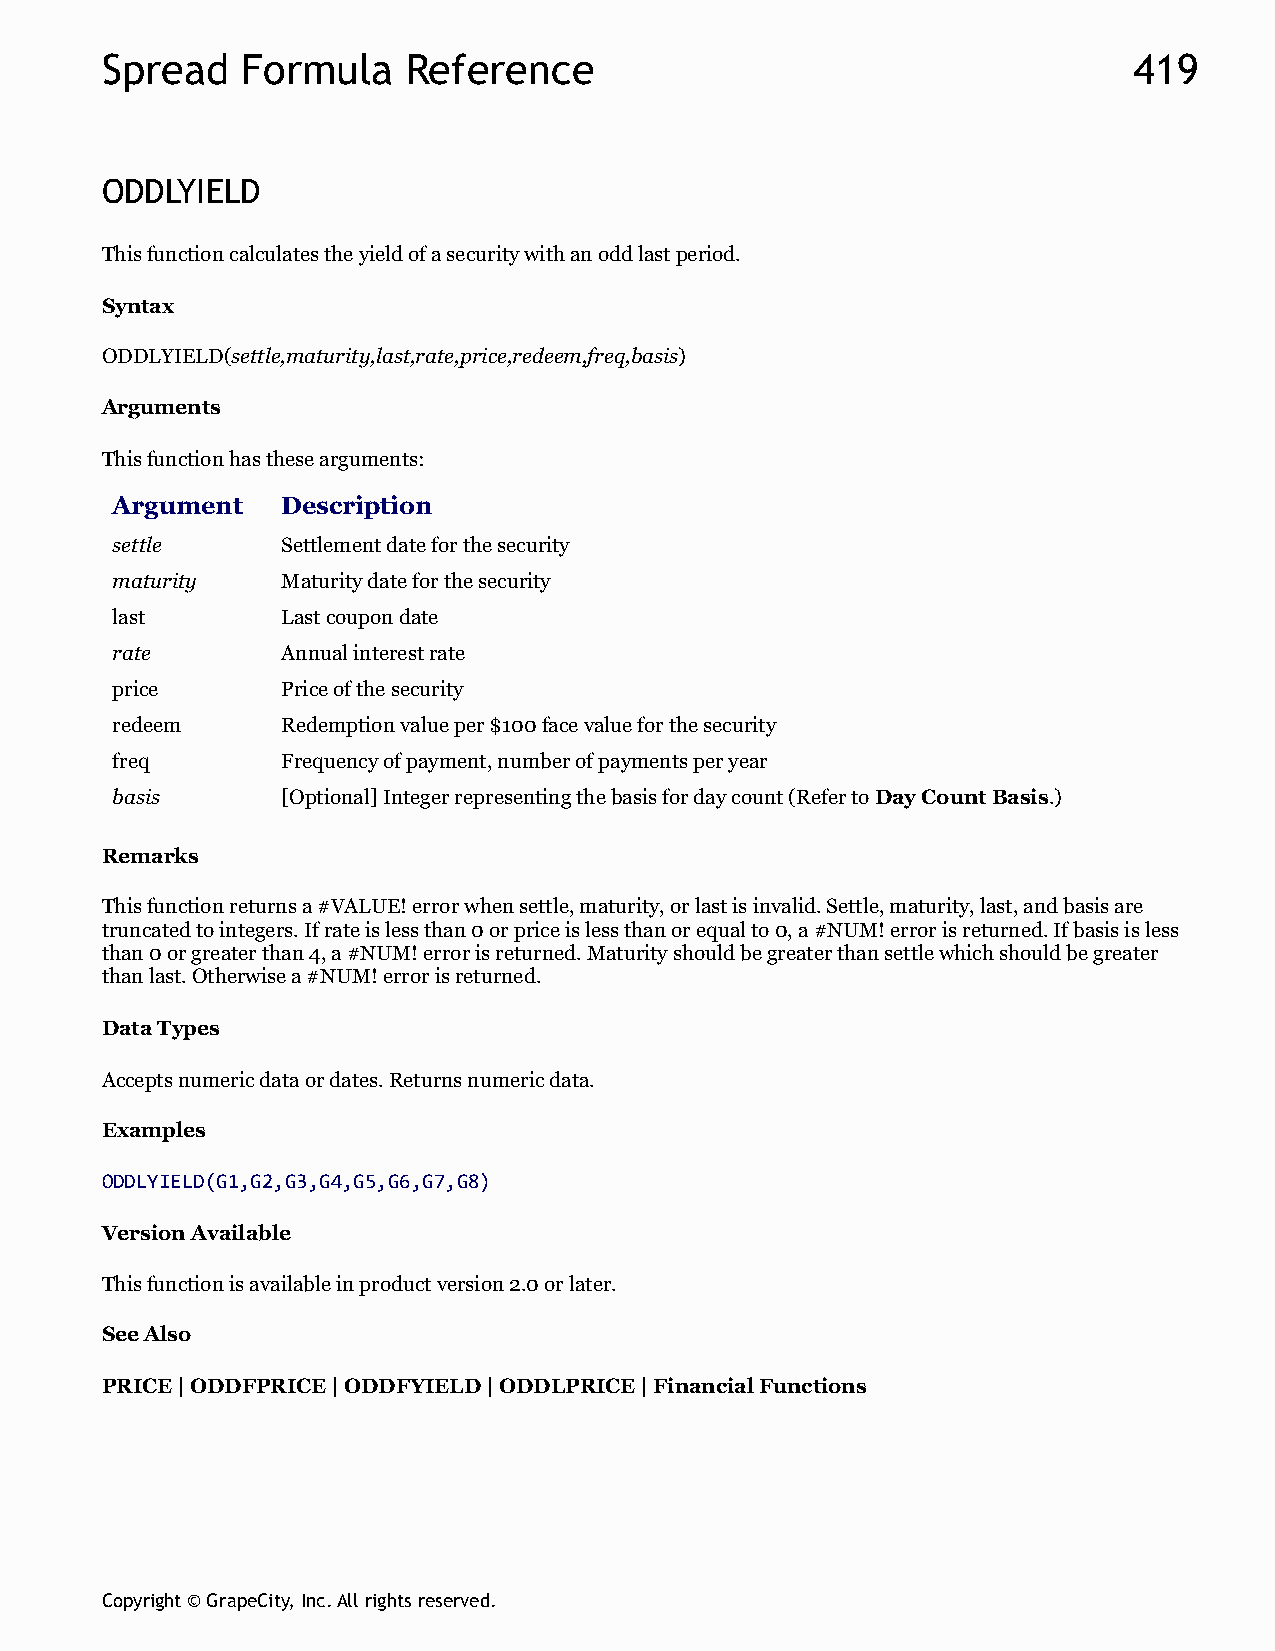
Spread   Formula    Reference                                       419
 ODDLYIELD
 This function calculates the yield of a security with an odd last period.
 Syntax
 ODDLYIELD(settle,maturity,last,rate,price,redeem,freq,basis)
 Arguments
 This function has these arguments:
 Argument    Description
 settle      Settlement date for the security
 maturity    Maturity date for the security
 last        Last coupon date
 rate        Annual interest rate
 price       Price of the security
 redeem      Redemption value per $100 face value for the security
 freq        Frequency of payment, number of payments per year
 basis       [Optional] Integer representing the basis for day count (Refer to Day Count Basis.)
 Remarks
 This function returns a #VALUE! error when settle, maturity, or last is invalid. Settle, maturity, last, and basis are
 truncated to integers. If rate is less than 0 or price is less than or equal to 0, a #NUM! error is returned. If basis is less
 than 0 or greater than 4, a #NUM! error is returned. Maturity should be greater than settle which should be greater
 than last. Otherwise a #NUM! error is returned.
 Data Types
 Accepts numeric data or dates. Returns numeric data.
 Examples
 ODDLYIELD(G1,G2,G3,G4,G5,G6,G7,G8)
 Version Available
 This function is available in product version 2.0 or later.
 See Also
 PRICE | ODDFPRICE | ODDFYIELD | ODDLPRICE | Financial Functions
 Copyright © GrapeCity, Inc. All rights reserved.